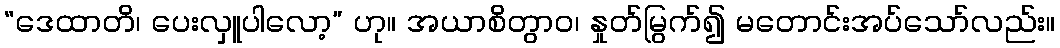
“ဒေထာတိ၊ ပေးလှူပါလော့” ဟု။ အယာစိတွာဝ၊ နှုတ်မြွက်၍ မတောင်းအပ်သော်လည်း။